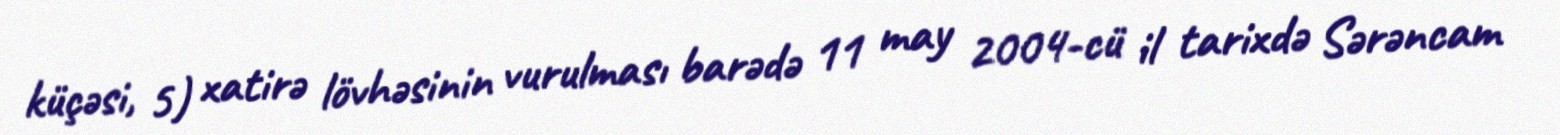
küçəsi, 5) xatirə lövhəsinin vurulması barədə 11 may 2004-cü il tarixdə Sərəncam